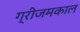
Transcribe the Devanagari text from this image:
ग्रीजमकाल